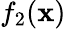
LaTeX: f_{2}(\mathbf{x})